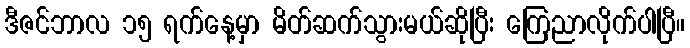
ဒီဇင်ဘာလ ၁၅ ရက်နေ့မှာ မိတ်ဆက်သွားမယ်ဆိုပြီး ကြေညာလိုက်ပါပြီ။